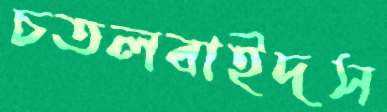
চতলবাইদস